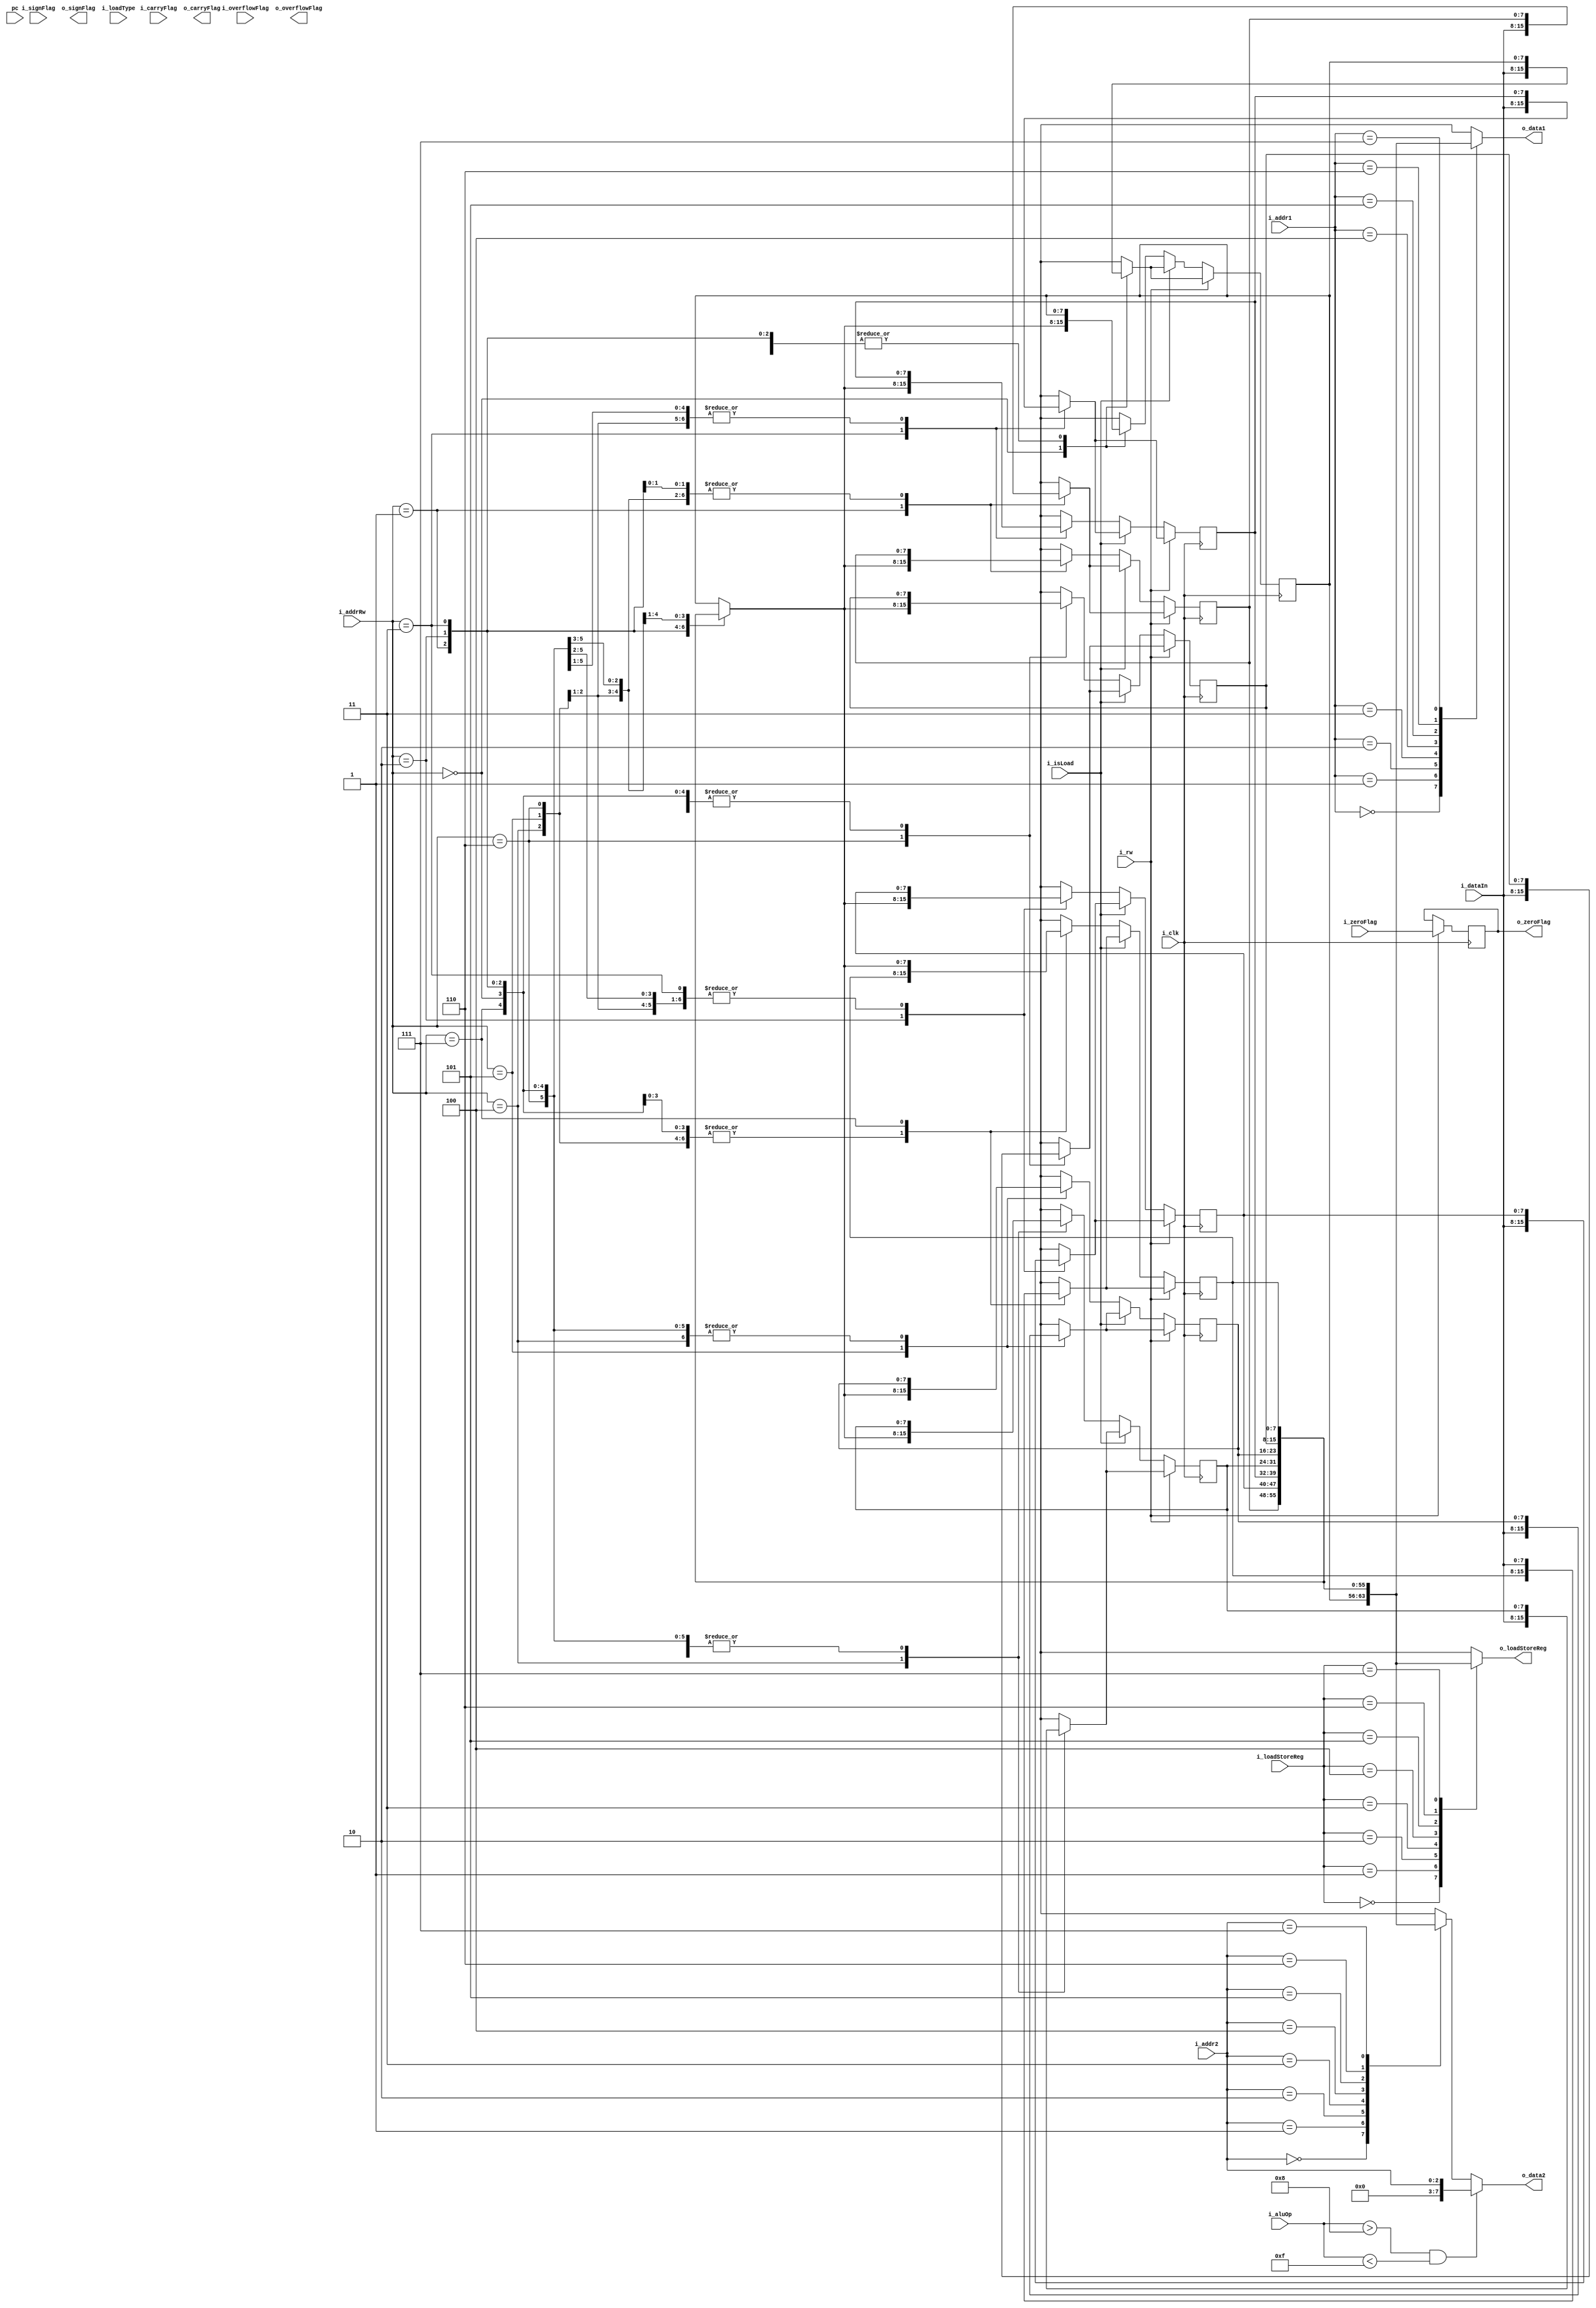
`timescale 1ns / 1ps
module RF(i_aluOp,i_addr1,i_addr2,i_addrRw,i_rw,i_dataIn,i_clk,o_data1,o_data2,pc
, i_zeroFlag , o_zeroFlag ,i_carryFlag,o_carryFlag,i_signFlag,o_signFlag,i_overflowFlag,o_overflowFlag
,i_loadStoreReg , o_loadStoreReg 
,i_isLoad,i_loadType); 

//i_rw - 0 read 1 write
input [2:0] i_addr1,i_addr2,i_addrRw;
input [8:0] i_aluOp;
input [7:0] i_dataIn;
input i_clk;
input i_rw;
input[7:0] pc;
input i_zeroFlag;
input i_carryFlag;
input i_signFlag;
input i_overflowFlag;

output reg [7:0] o_data1;
output reg [7:0] o_data2;
output o_zeroFlag;
output o_carryFlag;
output o_signFlag;
output o_overflowFlag;
///////////////////////////////////
input [2:0]i_loadStoreReg;
output reg [7:0] o_loadStoreReg;
input i_isLoad;
input i_loadType;


reg [7:0]rf[7:0] ;
//flags
	reg zeroFlag;
	reg carryFlag;
	reg signFlag;
	reg overflowFlag;
////

assign o_zeroFlag = zeroFlag;


initial
begin
	rf[0] = 4;
	rf[1] = 9;
	rf[2] = 11;
	rf[3] = 3;
	rf[4] = 3;
	rf[5] = 5;
	rf[6] = 6;
	rf[7] = 7;
end
initial 
begin 
	zeroFlag = 0;
	carryFlag= 0;
	signFlag=0;
	overflowFlag=0;
end


////////////////////////////////////
//assign o_loadStoreReg = rf[i_loadStoreReg];
//////////////////////////////////

always@(*)//i_addr1 or i_addr2)
begin
	o_data1 = rf[i_addr1];
	// for shift and rotatet
	if((i_aluOp>8) && (i_aluOp<15)) 
		o_data2 = {5'b00000,i_addr2};
	else
		o_data2 = rf[i_addr2];	
	o_loadStoreReg = rf[i_loadStoreReg];
end

always @(posedge i_clk)
begin 
	if(i_rw == 1)
	begin 	
		rf[i_addrRw] = i_dataIn ;
		zeroFlag = i_zeroFlag;
		
	end
	else if(i_isLoad)
	begin 
		rf[i_addrRw] = i_dataIn ;
	end
	else 
	begin 
		rf[i_addrRw] = rf[i_addrRw];
	end
end	
endmodule